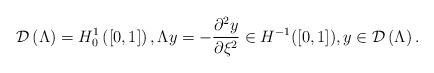
LaTeX: \begin{align*}\mathcal{D}\left( \Lambda\right) =H_{0}^{1}\left( \left[ 0,1\right] \right) ,\Lambda y =-\frac{\partial^{2} y }{\partial\xi^{2}} \in H^{-1}([0,1]) ,y\in\mathcal{D}\left(\Lambda\right). \end{align*}